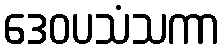
ဒေဝပသံသကာ